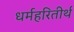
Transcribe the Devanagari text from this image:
धर्महरितीर्थ